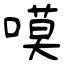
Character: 嗼